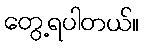
တွေ့ရပါတယ်။